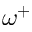
\omega ^ { + }